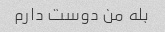
بله من دوست دارم